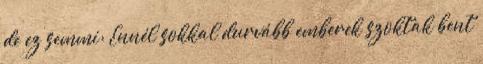
de ez semmi: Ennél sokkal durvább emberek szoktak bent